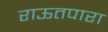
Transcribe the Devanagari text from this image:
राऊतपारा